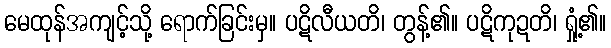
မေထုန်အကျင့်သို့ ရောက်ခြင်းမှ။ ပဋိလီယတိ၊ တွန့်၏။ ပဋိကုဍတိ၊ ရှုံ့၏။